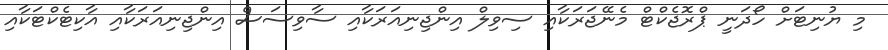
މި ޔުނިޓަށް ހޯދަނީ ޕްރޮޖެކްޓް މެނޭޖަރަކާއި ސިވިލް އިންޖިނިއަރަކާއި ސާވިސަސް އިންޖިނިއަރަކާއި އާކިޓެކްޓަކާއި